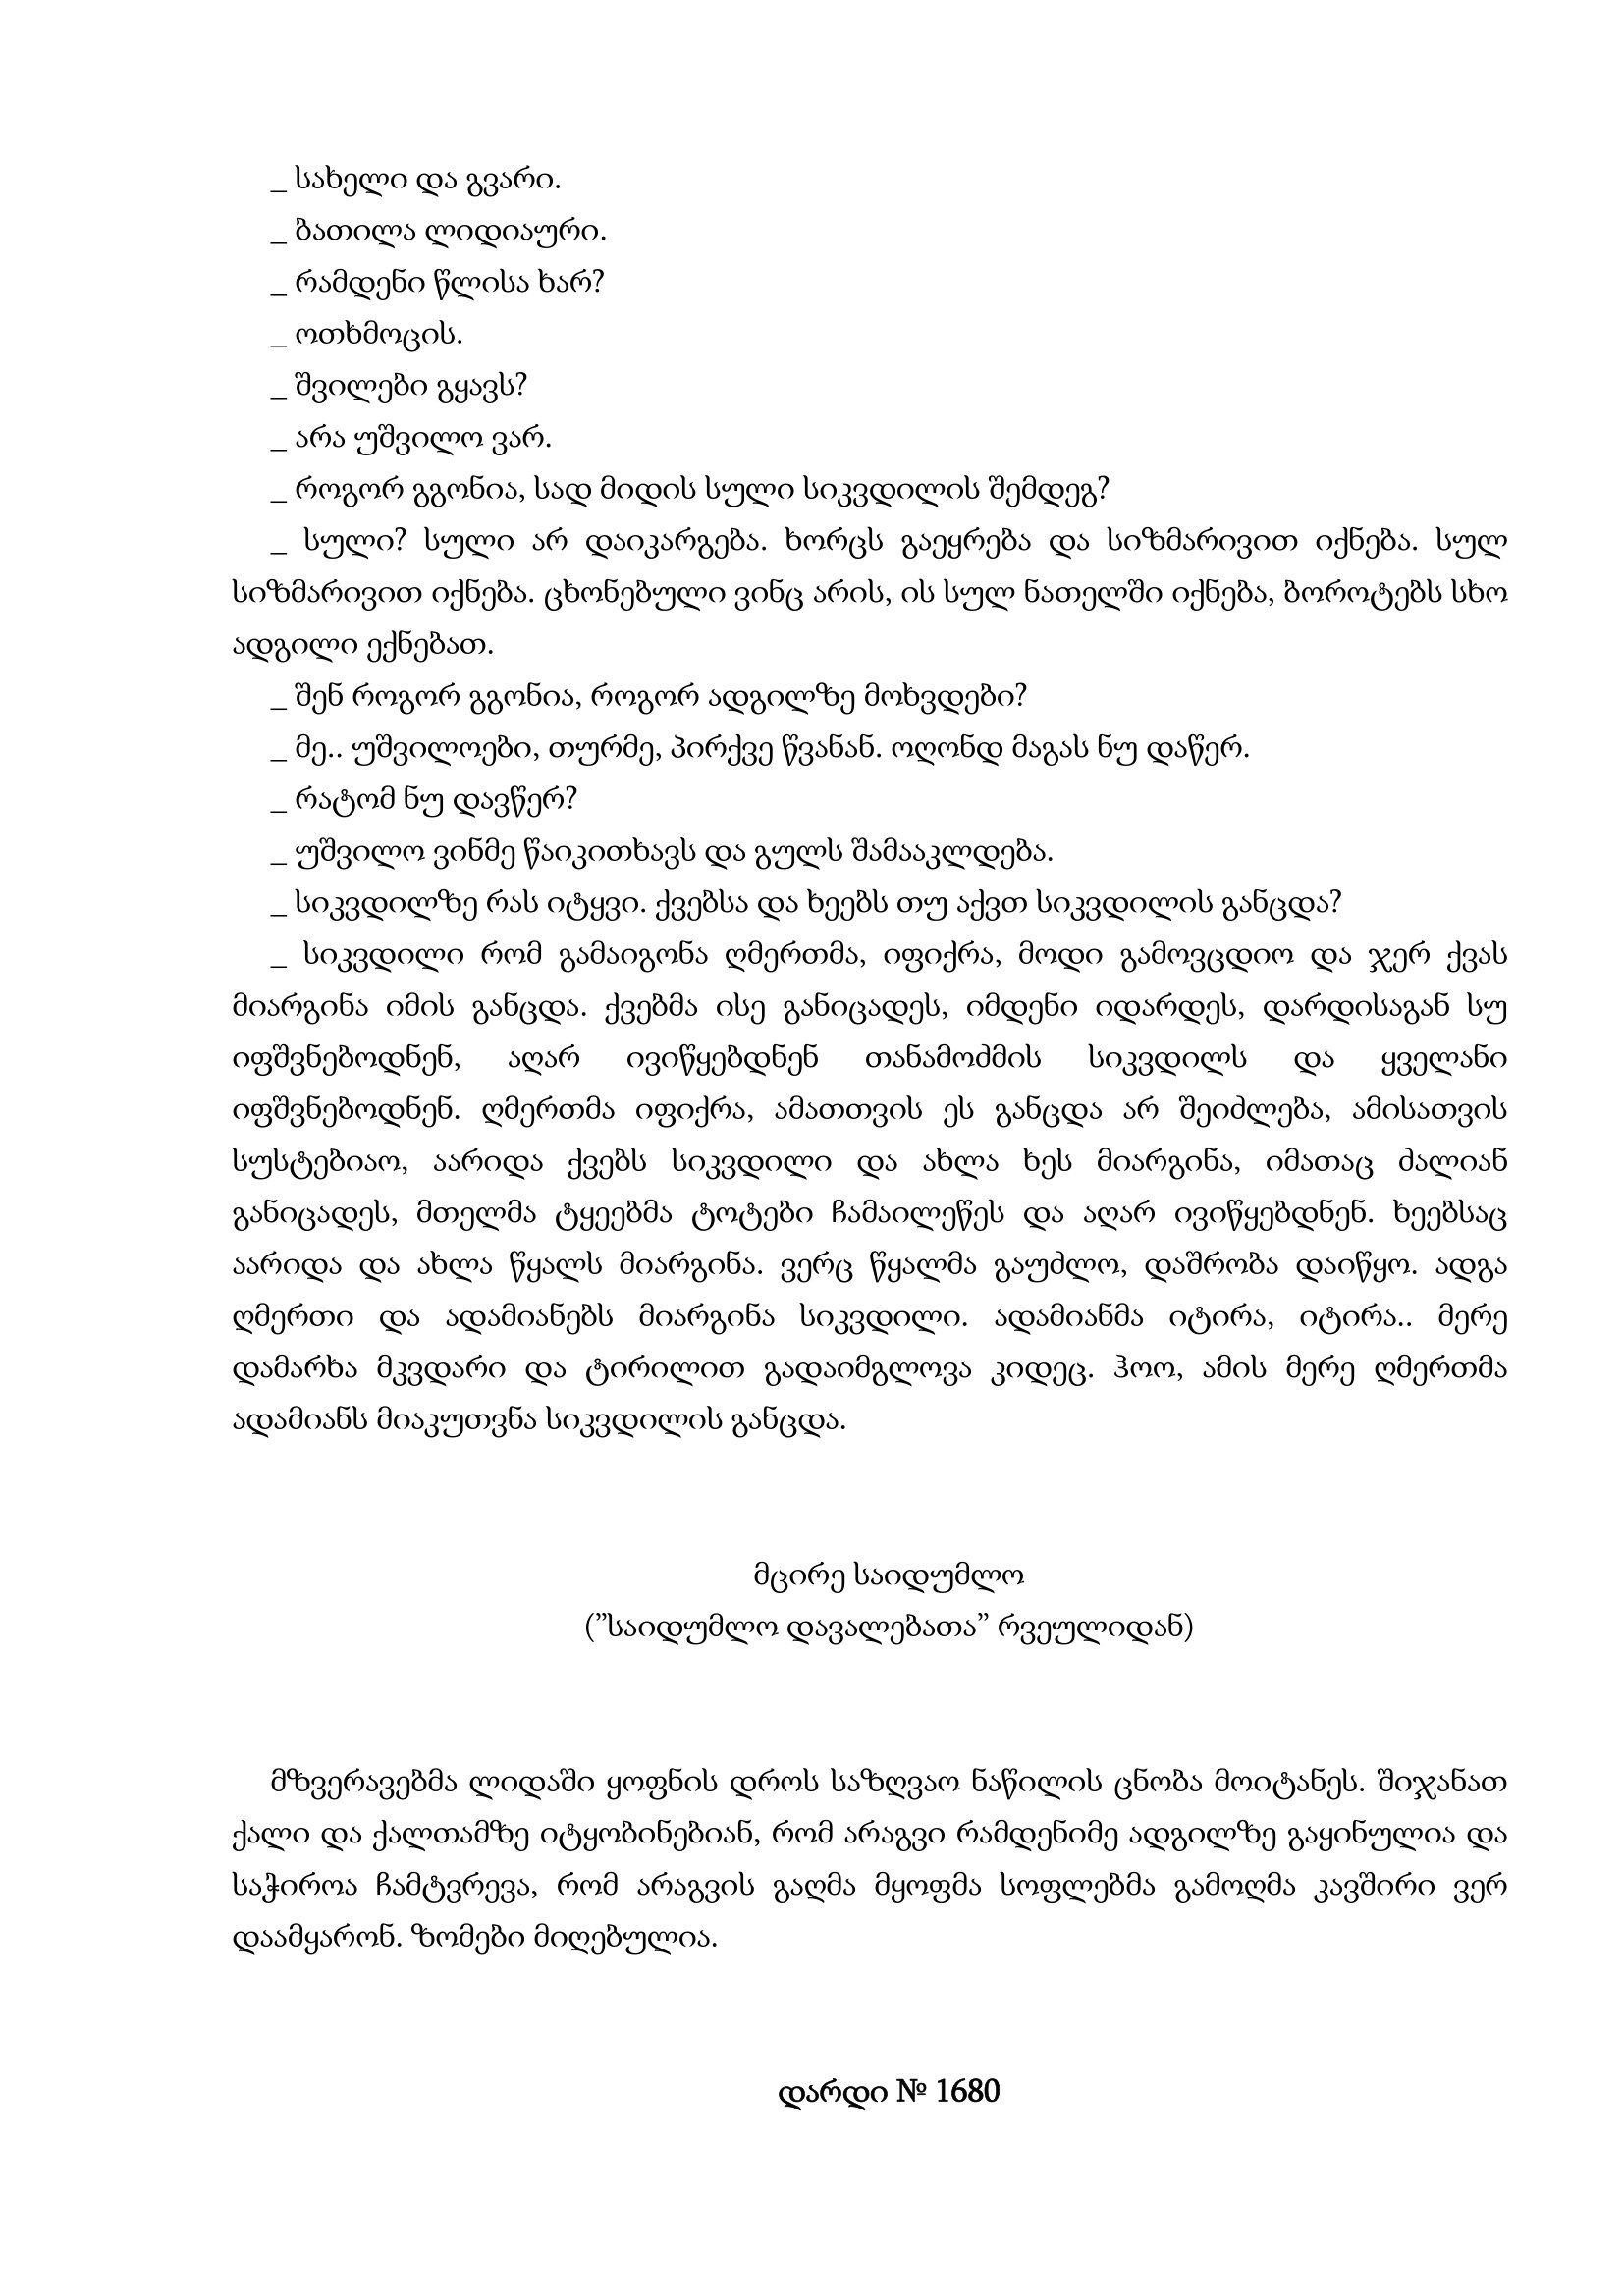
Language: gr